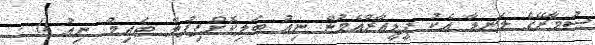
ސުމާރޭގެ ލަނޑާ އެކު ޕީޑީއާރްއެމުން ނިއު ބަލިކޮށްފިފުލް ޓައިމް: ނިއު 0 -